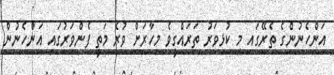
އަންހެނުންގެ ތެރޭގައި މި ކުޅިވަރު ތަރައްގީވެ މިހާރަށް ވުރެ މަތީ ފެންވަރުގައި އަންހެނުން